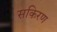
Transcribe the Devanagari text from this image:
सकिरण